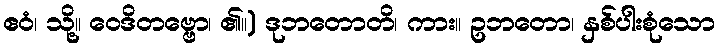
ဧဝံ၊ သို့။ ဝေဒိတဗ္ဗော၊ ၏။) ဒုဘတောတိ၊ ကား။ ဥဘတော၊ နှစ်ပါးစုံသော